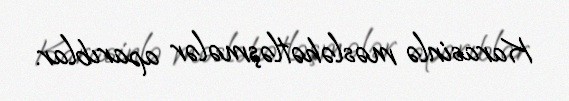
Karasinlə məsləhətləşmələr aparıblar.